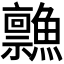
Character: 𲍂